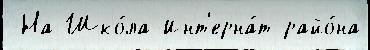
 На Шко́ла-Инт'ерна́т райо́на